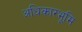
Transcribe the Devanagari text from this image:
अधिकारभूमि